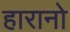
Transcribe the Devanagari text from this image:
हारानो